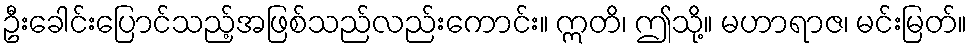
ဦးခေါင်းပြောင်သည့်အဖြစ်သည်လည်းကောင်း။ ဣတိ၊ ဤသို့။ မဟာရာဇ၊ မင်းမြတ်။